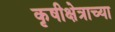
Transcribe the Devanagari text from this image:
कृषीक्षेत्राच्या